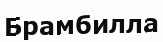
Брамбилла